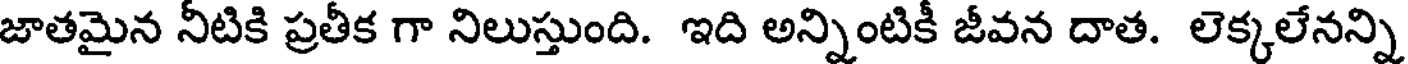
జాతమైన నీటికి ప్రతీక గా నిలుస్తుంది. ఇది అన్నింటికీ జీవన దాత. లెక్కలేనన్ని